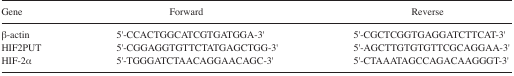
<table><thead><tr><td><b>Gene</b></td><td><b>Forward</b></td><td><b>Reverse</b></td></tr></thead><tbody><tr><td>β-actin</td><td>5′-CCACTGGCATCGTGATGGA-3′</td><td>5′-CGCTCGGTGAGGATCTTCAT-3′</td></tr><tr><td>HIF2PUT</td><td>5′-CGGAGGTGTTCTATGAGCTGG-3′</td><td>5′-AGCTTGTGTGTTCGCAGGAA-3′</td></tr><tr><td>HIF-2α</td><td>5′-TGGGATCTAACAGGAACAGC-3′</td><td>5′-CTAAATAGCCAGACAAGGGT-3′</td></tr></tbody></table>